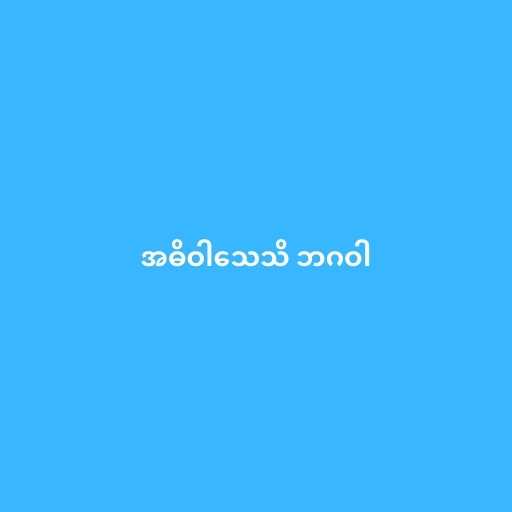
အဓိဝါသေသိ ဘဂဝါ